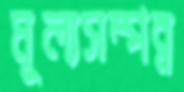
মূল্যসম্পন্ন